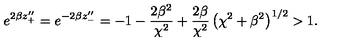
e ^ { 2 \beta z _ { + } ^ { \prime \prime } } = e ^ { - 2 \beta z _ { - } ^ { \prime \prime } } = - 1 - \frac { 2 \beta ^ { 2 } } { \chi ^ { 2 } } + \frac { 2 \beta } { \chi ^ { 2 } } \left( \chi ^ { 2 } + \beta ^ { 2 } \right) ^ { 1 / 2 } > 1 .